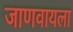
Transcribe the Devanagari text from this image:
जाणवायला